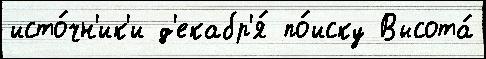
исто́чн'ик'и д'екабр'я́ по́иску Высота́